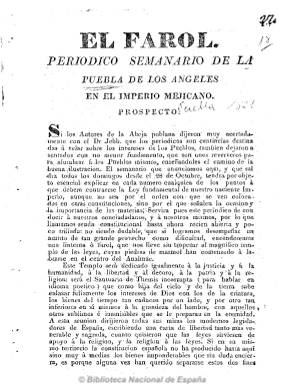
Título: El Farol (Puebla de Los Ángeles)
Colección: Periódicos anteriores a 1850
Ámbito geográfico: México
Lugar de publicación: Puebla de Los Ángeles [México]
Fechas: 04/10/1821-04/10/1821

Subtitulado “periódico semanario de la Puebla de los Ángeles en el Imperio Mejicano”, salía los domingos y tuvo carácter político y literario. Defendió los intereses del emperador mexicano Agustín Iturbide. Estuvo dirigido por el canónigo Ignacio Mariano de Vasconcelos, de ideas monárquicas y liberal conservadoras, que defendía los privilegios del “príncipe cristiano” y que ya en 1815 alabó la Santa Alianza europea. Fue contrario a los republicanos y combatió a los periódicos liberales y opositores a los iturbidistas La abeja poblana y Semanario político y literario. Fue propiedad de los hermanos Moreno, en cuya imprenta Liberal se estampó. Publicó algunos suplementos. La Biblioteca Nacional de España dispone de su prospecto, de cuatro páginas, fechado el cuatro de octubre e 1821. Se conocen de este periódico ediciones hasta el cuatro de agosto de 1822.